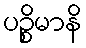
ပဉ္စိမာနိ